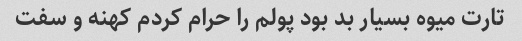
تارت میوه بسیار بد بود پولم را حرام کردم کهنه و سفت